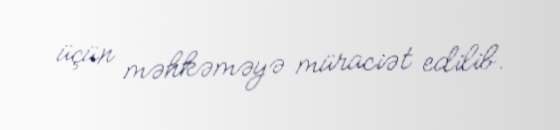
üçün məhkəməyə müraciət edilib.